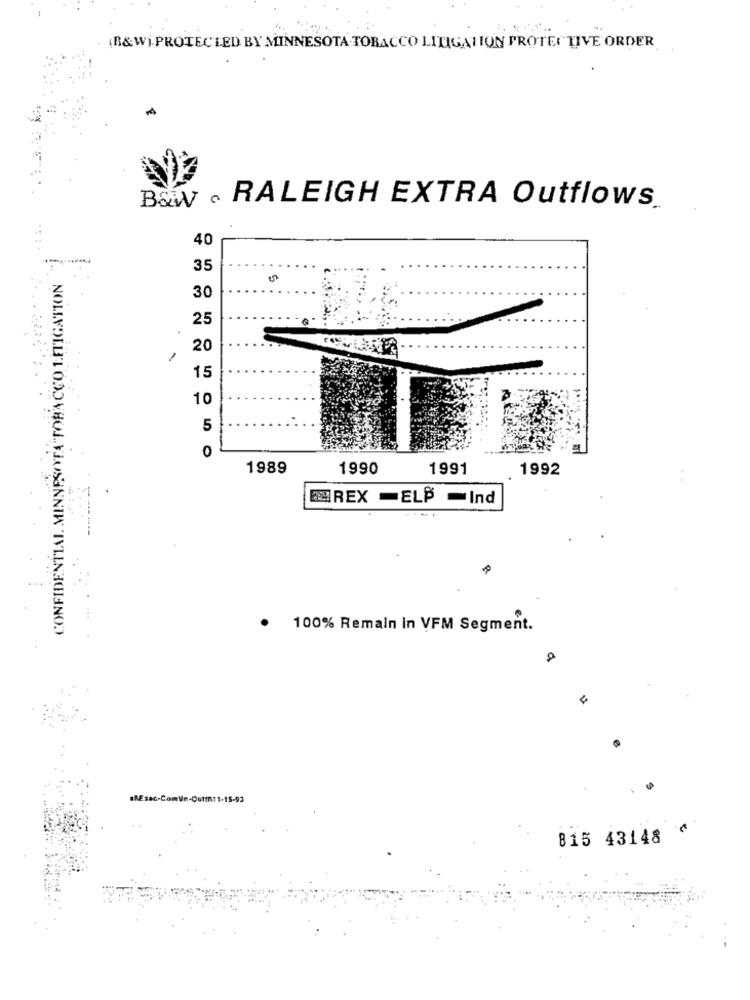
.
(B&W) PROTECTED BY MINNESOTA TOBACCO LITIGATION PROTECTIVE ORDER
B&w . RALEIGH EXTRA Outflows.
40
35
CONFIDENTIAL MINNESOTA TOBACCO 1.ETIGATION
30
25
20
15
10
5
1989
1990
1991
1992
EMREX =ELP =Ind
100% Remain In VFM Segment.
815 43148